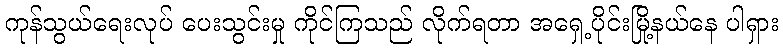
ကုန်သွယ်ရေးလုပ် ပေးသွင်းမှု ကိုင်ကြသည် လိုက်ရတာ အရှေ့ပိုင်းမြို့နယ်နေ ပါရှား